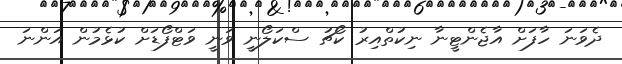
ދެވަނަ ހާފަށް އާޖެންޓީނާ ނިކުތްއިރު ކޯޗު ސްކަލޯނީ ވަނީ ވަޓްފޯޑަށް ކުޅެމުން އަންނަ